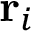
{ { { \mathbf { r } } _ { i } } }